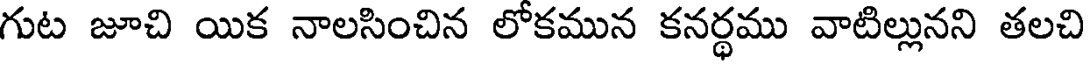
గుట జూచి యిక నాలసించిన లోకమున కనర్థము వాటిల్లునని తలచి